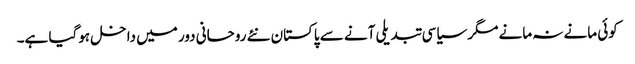
کوئی مانے نہ مانے مگر سیاسی تبدیلی آنے سے پاکستان نئے روحانی دور میں داخل ہوگیا ہے۔